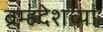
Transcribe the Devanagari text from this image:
ब्रम्हदेशच्या